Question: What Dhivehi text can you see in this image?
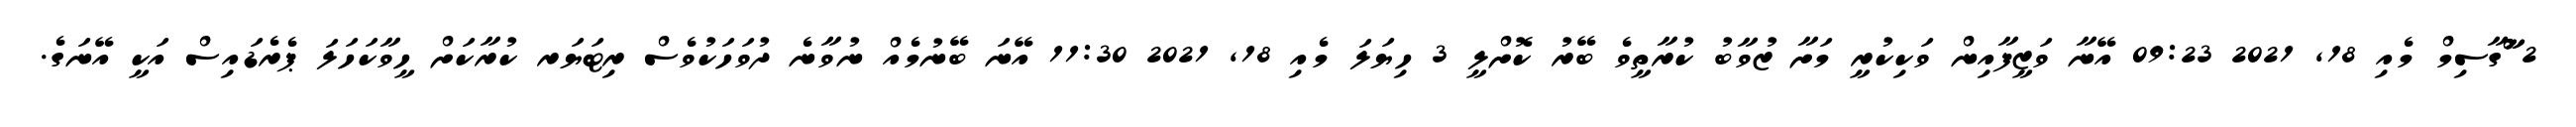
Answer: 2 ްާްާގާސިމް މެއި 18, 2021 09:23 އޭނާ ވަޒީފާއިން ވަކިކުރީ މަށާ ޒުވާބު ކުރާތީވެ ބޭރު ކޮށްލީ 3 ހިޔަލަ މެއި 18, 2021 11:30 އޭނަ ބޭނުމެއް ނުވާނެ ދުވަހަކުވެސް ރިޓަޔަރ ކުރާކަށް ހީވާކަހަލަ ޕެރެޑައިސް އަކީ އޭނަގެ.